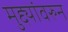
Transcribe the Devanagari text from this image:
मुद्द्यांवरुन